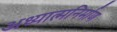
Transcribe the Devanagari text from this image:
अध्यात्मनिर्माण